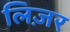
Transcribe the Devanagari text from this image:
लिज़र